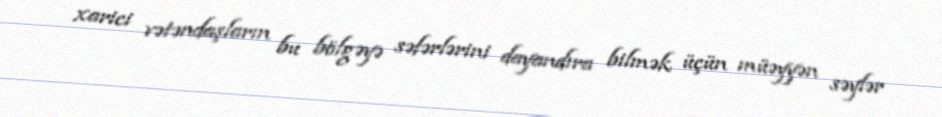
xarici vətəndaşların bu bölgəyə səfərlərini dayandıra bilmək üçün müəyyən səylər